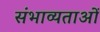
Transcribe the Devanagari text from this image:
संभाव्यताओं